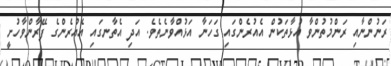
ރަނުންނާއި ރަންމުތުންވާ އުޅާތަކުން އެއުރެންގައި ގަހަނާ އަޅުއްވާނެތެވެ. އަދި އެތާނގައި އެއުރެންގެ ފޭރާންވާހުށީ